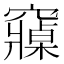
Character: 𮄡